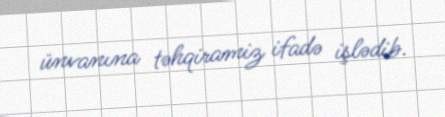
ünvanına təhqiramiz ifadə işlədib.